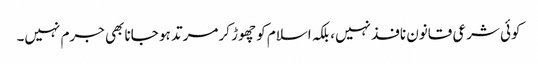
کوئی شرعی قانون نافذ نہیں، بلکہ اسلام کو چھوڑ کر مرتد ہو جانا بھی جرم نہیں۔